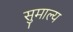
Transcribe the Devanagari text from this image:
सुमाल्य